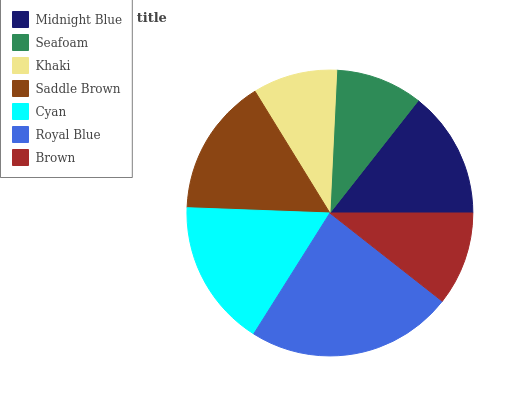
| Midnight Blue | Seafoam | Khaki | Saddle Brown | Cyan | Royal Blue | Brown |
 | --- | --- | --- | --- | --- | --- | --- |
 | 14.4% | 9.83% | 9.54% | 15.6% | 16.7% | 23.4% | 10.6% |